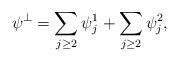
LaTeX: \begin{align*}\psi^\bot=\sum_{j\geq 2}\psi_j^1+\sum_{j\geq 2}\psi_j^2,\end{align*}